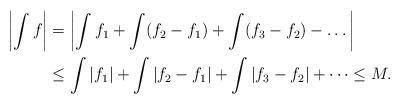
LaTeX: \begin{align*}\left|\int f \right| &= \left|\int f _1 + \int (f_2-f _1)+\int (f_3-f_2)- \dots \right|\\ &\leq \int|f_1| + \int|f_2- f_1| +\int|f_3- f_2| + \dots \leq M. \end{align*}